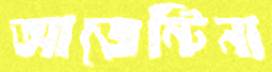
আজেন্টিনা